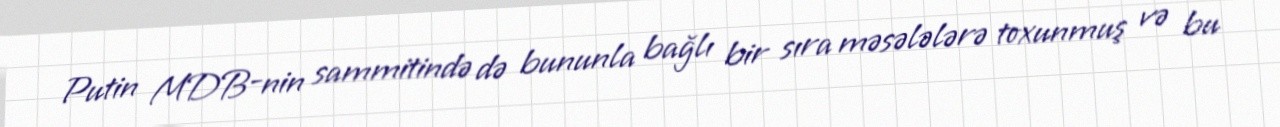
Putin MDB-nin sammitində də bununla bağlı bir sıra məsələlərə toxunmuş və bu